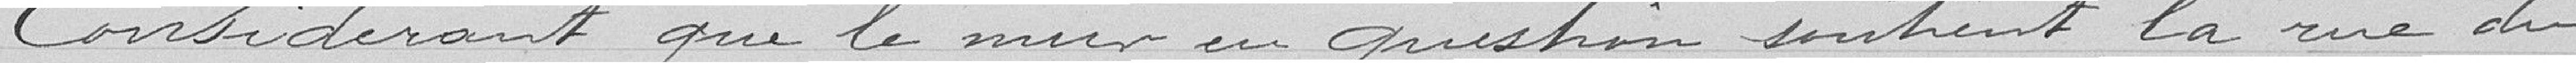
Considérant que le mur en question soutient le rue du